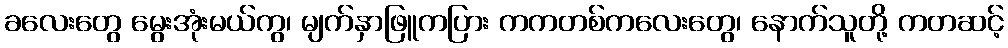
ခလေးတွေ မွေးအုံးမယ်ကွ၊ မျက်နှာဖြူကပြား ကကတစ်ကလေးတွေ၊ နောက်သူတို့ ကတဆင့်